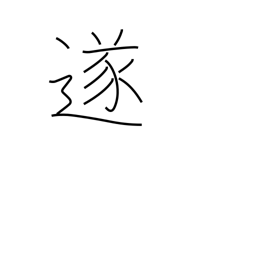
Meaning: consummate